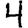
Digit: 4